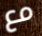
مع